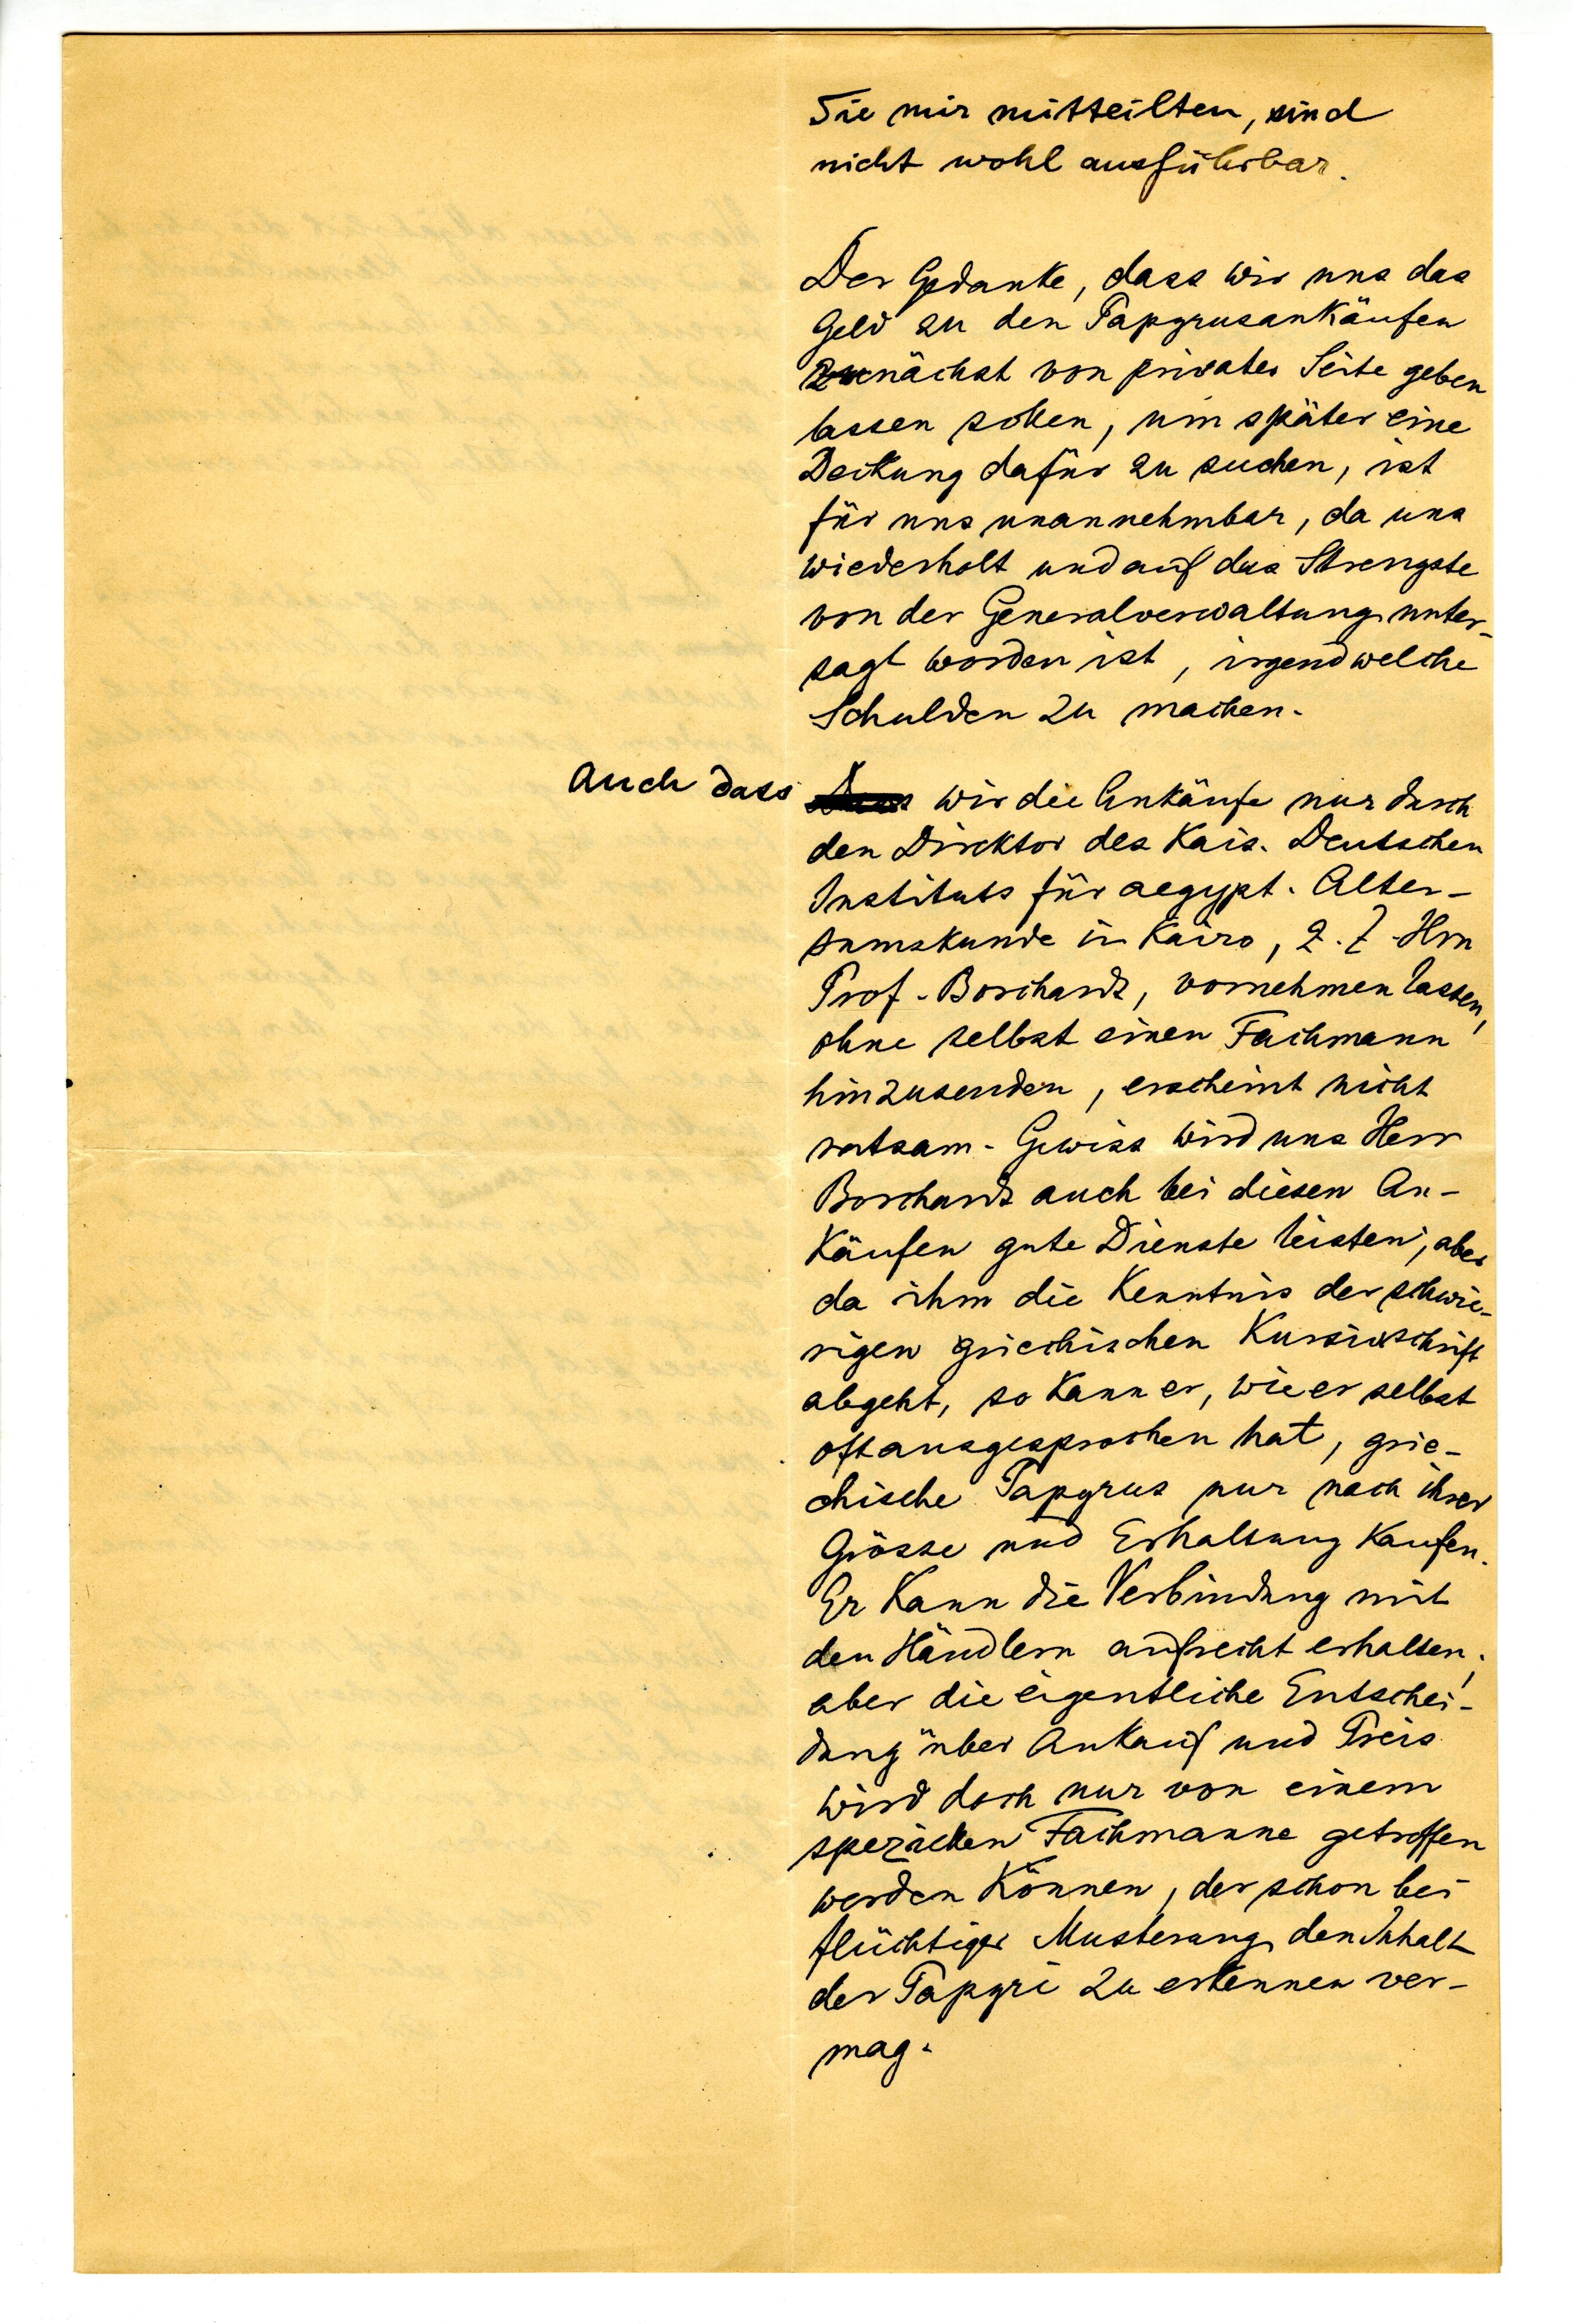
Sie mir mitteilten, wird
nicht wohl ausführbar.
Der Gedanke, dass wir uns das
Geld zu den Papyrusankäufen
zunächst von privater Seite geben
lassen sollen, um später eine
Deckung dafür zu suchen, ist
für uns unannehmbar, da uns
wiederholt und auf das Strengste
von der Generalverwaltung unter¬
sagt worden ist, irgendwelche
Schulden zu machen.
Auch dass wir die Ankäufe nur durch
den Direktor des Kais. Deutschen
Instituts für aegypt. Alter¬
tumskunde in Kairo, z.Z. Hrn
Prof. Borchardt, vornehmen lassen,
ohne selbst einen Fachmann
hinzuschicken, erscheint nicht
ratsam. Gewiss wird uns Herr
Borchardt auch bei diesen An¬
käufen gute Dienste leisten, aber
da ihm die Kenntnis der schwie
rigen griechischen Kursivschrift
abgeht, so kann er, wie er selbst
oft angesprochen hat, grie¬
chische Papyrus nur nach ihrer
Grösse und Erhaltung kaufen.
Er kann die Verbindung mit
den Händlern aufrecht erhalten;
aber die eigentliche Entschei
dung über Ankauf und Preis
wird doch nur von einem
speziellen Fachmann getroffen
werden können, der schon bei
flüchtiger Musterung den Inhalt
der Papyri zu erkennen ver¬
mag.